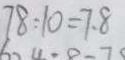
7 8 : 1 0 = 7 . 8